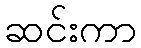
ဆင်းကာ